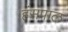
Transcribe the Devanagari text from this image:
हंसपाल